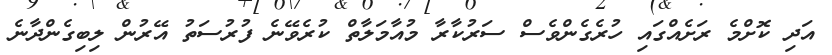
އަދި ކޮށްމެ ރަށެއްގައި ހުރެގެންވެސް ސަރުކާރާ މުއާމަލާތް ކުރެވޭނެ ފުރުސަތު އޭރުން ލިބިގެންދާނެ